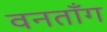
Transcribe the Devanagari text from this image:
वनतॉंग